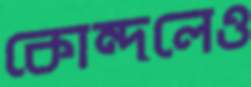
কোন্দলেও